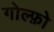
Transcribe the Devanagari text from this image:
गोल्फ़ो